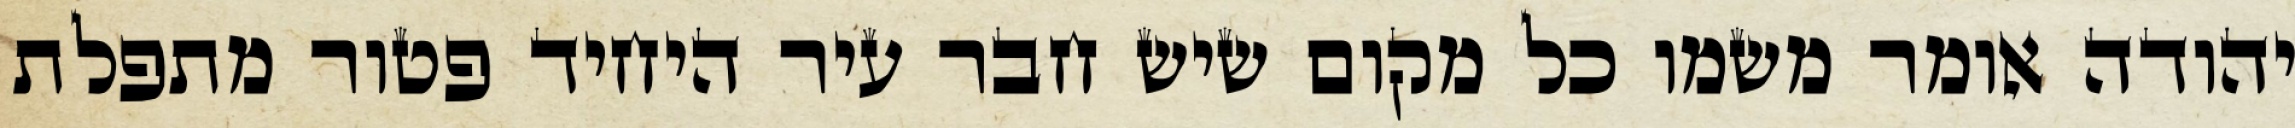
יהודה אומר משמו כל מקום שיש חבר עיר היחיד פטור מתפלת